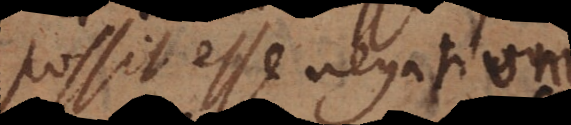
possit esse negationi